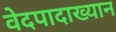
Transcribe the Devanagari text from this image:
वेदपादाख्यान